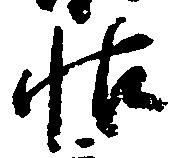
帖